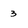
Character: 3